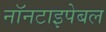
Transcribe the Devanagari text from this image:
नॉनटाइपेबल